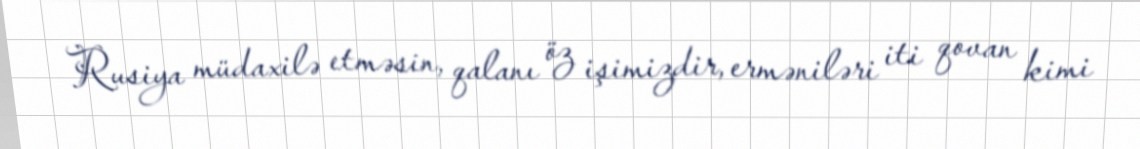
Rusiya müdaxilə etməsin, qalanı öz işimizdir, erməniləri iti qovan kimi